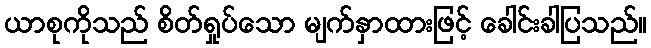
ယာစုကိုသည် စိတ်ရှုပ်သော မျက်နှာထားဖြင့် ခေါင်းခါပြသည်။